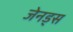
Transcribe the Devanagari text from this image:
जेनड्स